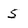
Character: 5